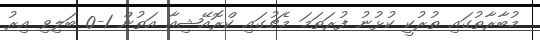
މުބާރާތުގައި ތުރުކީ ކުޅުނު ފުރަތަމަ މެޗުގައި ކްރޮއޭޝިއާ އަތުން 1-0 ބަލިވި އިރު